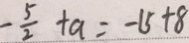
- \frac { 5 } { 2 } + a = - 1 5 + 8